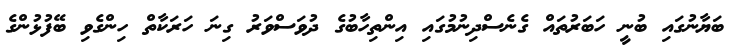
ބަޔާނުގައި ބުނީ ހަބަރުތައް ގެނެސްދިނުމުގައި އިންތިހާބުގެ ދުވަސްވަރު ގިނަ ހަރަކާތް ހިންގެވި ބޭފުޅުންގެ